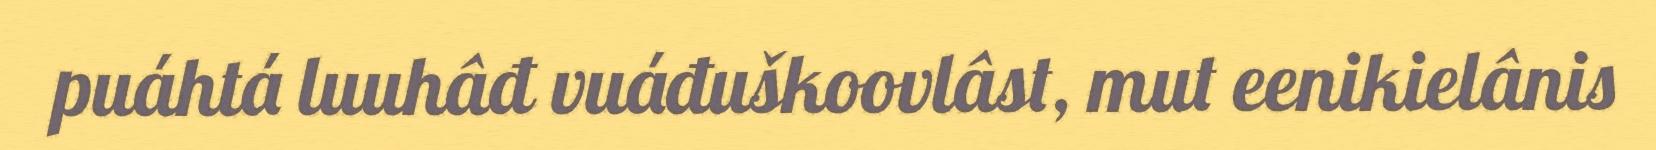
puáhtá luuhâđ vuáđuškoovlâst, mut eenikielânis